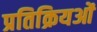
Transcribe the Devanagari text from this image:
प्रतिक्रियओं